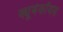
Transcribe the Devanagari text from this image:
क्यूबेकॉयस